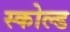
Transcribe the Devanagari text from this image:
स्कोल्ड